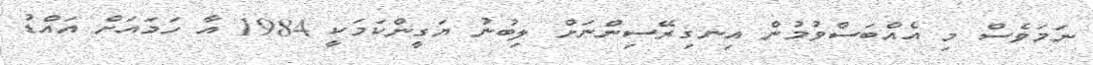
ނަމަވެސް މި އެއްބަސްވުމުން އިނގިރޭސިންނަށް ލިބުނު ޔަގީންކަމަކީ 1984 އާ ހަމައަށް އައްޑު